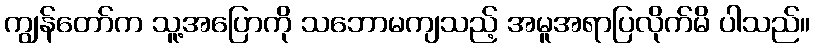
ကျွန်တော်က သူ့အပြောကို သဘောမကျသည့် အမူအရာပြလိုက်မိ ပါသည်။